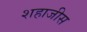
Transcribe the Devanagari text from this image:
शहाजीस